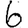
Digit: 6